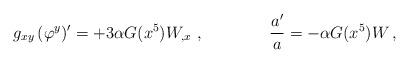
LaTeX: \begin{align*}g_{xy}\,(\varphi^y)' = + 3 \alpha G(x^5) W_{,x} \ , \qquad \qquad{a'\over a} = - \alpha G(x^5) W \,, \end{align*}